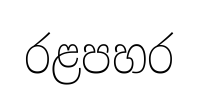
රළපහර